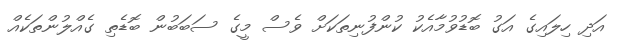
އަދި ހިލައިގެ އަގު ބޮޑުވުމާއެކު ކުންފުނިތަކަށް ވެސް މީގެ ސަބަބުން ބޮޑެތި ގެއްލުންތަކެއް